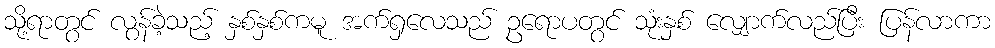
သို့ရာတွင် လွန်ခဲ့သည့် နှစ်နှစ်ကမူ အက်ရှလေသည် ဥရောပတွင် သုံးနှစ် လျှောက်လည်ပြီး ပြန်လာကာ